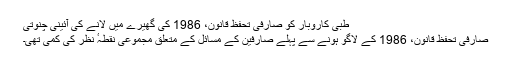
طبی کاروبار کو صارفی تحفظ قانون، 1986 کی گھیرے میں لانے کی آئینی چنوتی
صارفی تحفظ قانون، 1986 کے لاگو ہونے سے پہلے صارفین کے مسائل کے متعلق مجموعی نقطہٴ نظر کی کمی تھی۔